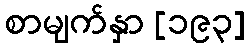
စာမျက်နှာ [၁၉၃]